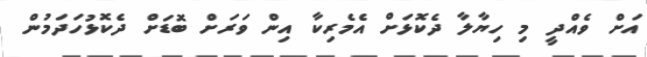
އަށް ވެއްދީ މި ހިޔާލާ ދެކޮޅަށް އެމެރިކާ އިން ވަރަށް ބޮޑަށް ދެކޮޅުހަދަމުން